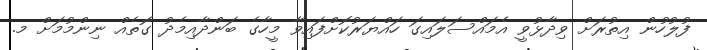
ފުލުހުން އިތުރަށް ވިދާޅުވީ އެމައްސަލައިގަ ހައްޔަރުކޮށްފައިވާ މީހާގެ ބަންދާއިމެދު ގޮތެއް ނިންމުމަށް މ.